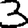
Digit: 3